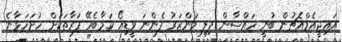
އައިޖީއެމްއެޗުން ބުނީ ހައްސާން ފިލި މަންޒަރު ފެންނަ ވީޑިއޯ ކަމާބެހޭ ފަރާތަކަށް ހުށަހަޅާނެ